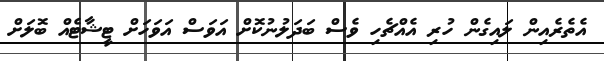
އެތެރެއިން ލައިގެން ހުރި އެއްޗެހި ވެސް ބަދަލުނުކޮށް އަވަސް އަވަހަށް ޓީޝާޓެއް ބޮލަށް